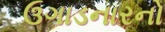
ઉગાડનારનો